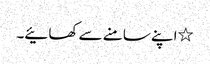
٭اپنے سامنے سے کھائیے۔